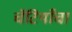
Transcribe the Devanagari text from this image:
चॅटियाँचा